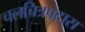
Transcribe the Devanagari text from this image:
चलचित्रपटास